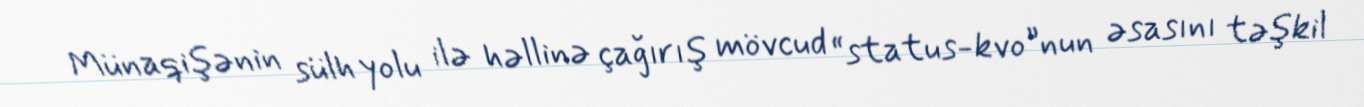
Münaqişənin sülh yolu ilə həllinə çağırış mövcud “status-kvo”nun əsasını təşkil